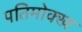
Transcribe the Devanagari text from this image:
पतिमोक्ख